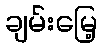
ချမ်းမြေ့